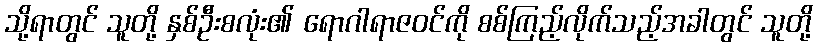
သို့ရာတွင် သူတို့ နှစ်ဦးစလုံး၏ ရောဂါရာဇဝင်ကို စစ်ကြည့်လိုက်သည့်အခါတွင် သူတို့